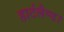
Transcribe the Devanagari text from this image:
हार्टलैण्ड।